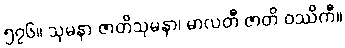
၅၇၆။ သုမနာ ဇာတိသုမနာ၊ မာလတီ ဇာတိ ဝဿိကီ။